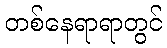
တစ်နေရာရာတွင်